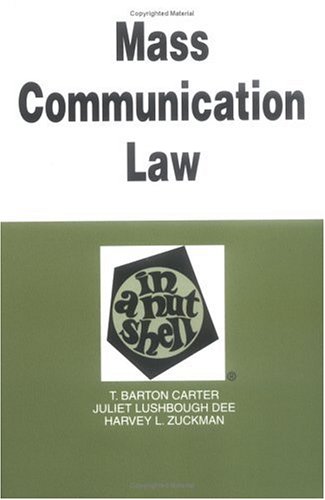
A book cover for Mass Communication Law in a Nutshell (In a Nutshell (West Publishing)); Carter; Law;